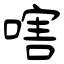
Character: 嗐